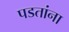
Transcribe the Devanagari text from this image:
पडतांना